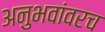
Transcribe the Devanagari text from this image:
अनुभवांवरच